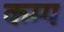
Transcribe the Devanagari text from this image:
कम्‍प